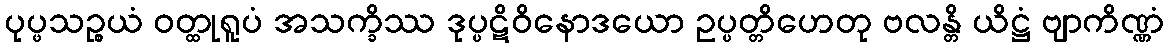
ပုပ္ဖသဉ္စယံ ဝတ္ထုရူပံ အသက္ခိဿ ဒုပ္ပဋိဝိနောဒယော ဥပ္ပတ္တိဟေတု ဗလန္တိ ယိဋ္ဌံ ဗျာကိဏ္ဏံ